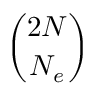
\binom { 2 N } { N _ { e } }